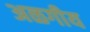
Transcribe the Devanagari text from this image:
अळगीय